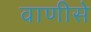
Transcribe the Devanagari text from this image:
वाणीसे